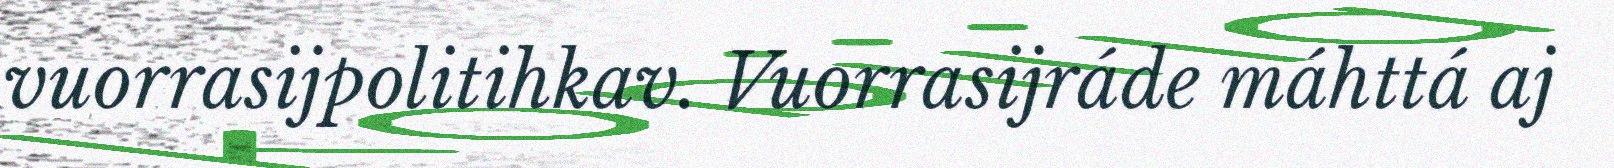
vuorrasijpolitihkav. Vuorrasijráde máhttá aj